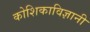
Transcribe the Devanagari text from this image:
कोशिकाविज्ञानी